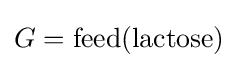
G={\text{feed(lactose)}}